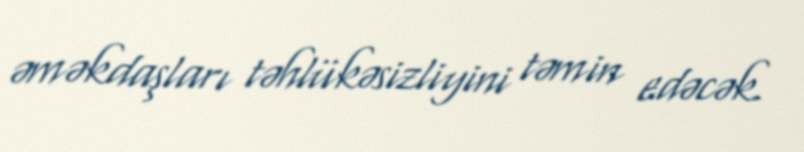
əməkdaşları təhlükəsizliyini təmin edəcək.